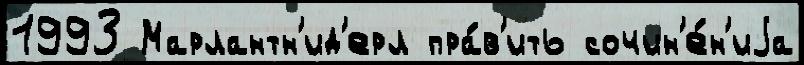
1993 Марлантн'ид'ерл пра́в'ить сочин'е́н'иjа